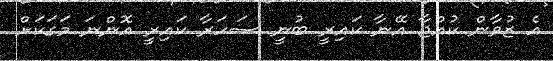
އެ ޒުވާން ކުއްޖާ އޭނާ ކައިރީ ބުނީ ސަހަރާ ކައިރީ އޮންނަ މަގަކަށް